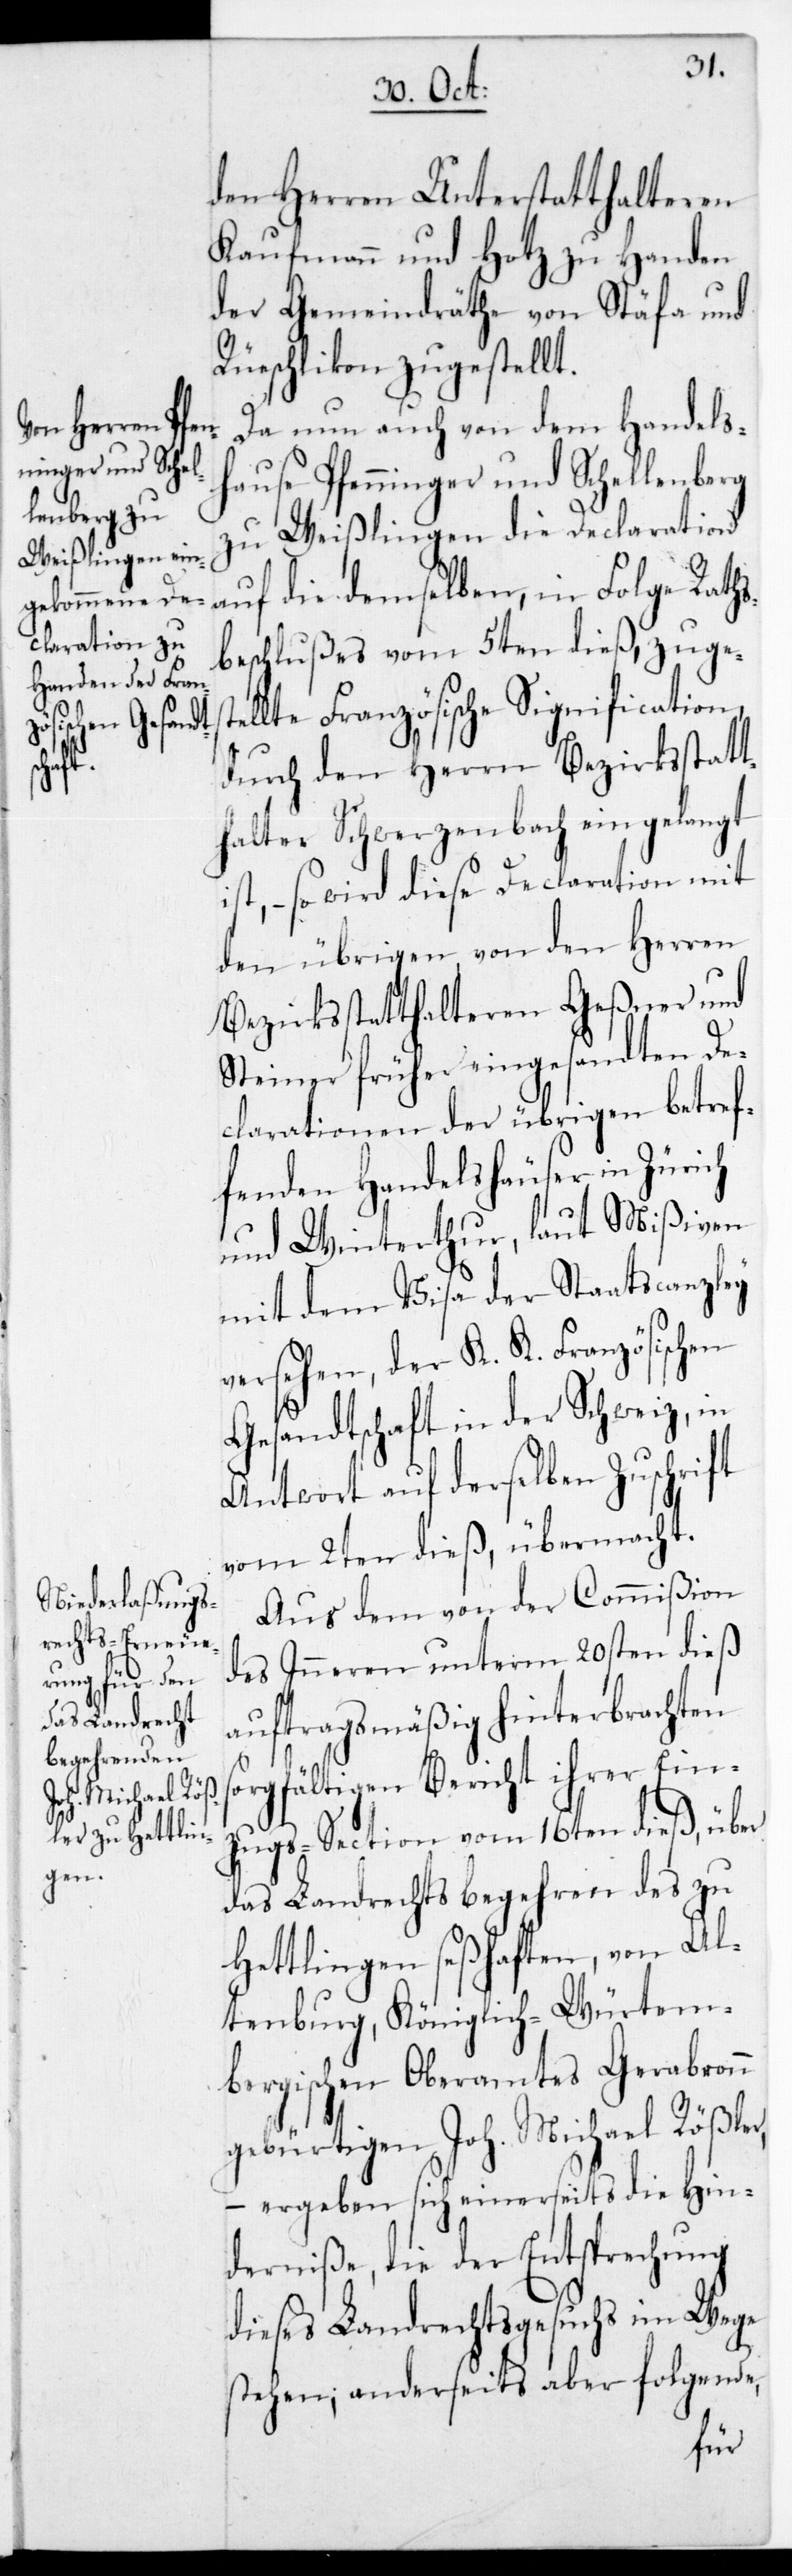
den Herrn Be¬
s¬

den Herren Unterstatthalteren
Kaufmann und Hotz zu Handen
der Gemeindräthe von Stäfa und
Rüschlikon zugestellt.
Da nun auch von dem Handels¬
hause Pfenninger und Schellenberg
zu Weißlingen die Declaration
auf die demselben, in Folge Rath¬
sbeschlußes vom 5ten dieß, zuge¬
lte Französische Signification,
thalter Schwerzenbach eingelangt
ist, – so wird diese Declaration mit
den übrigen von den Herren
Bezirksstatthalteren Geßner und
Steiner früher eingesandten De¬
clarationen der übrigen betref¬
fenden Handelshäuser in Zürich
und Winterthur, laut Mißiven
mit dem Visa der Staatscanzley
versehen, der K. K. Französischen
Gesandtschaft in der Schweiz, in
Antwort auf derselben Zuschrift
vom 2ten dieß, übermacht.
Aus dem von der Commißion
des Inneren unterm 20sten dieß
auftragsmäßig hinterbrachten
orgfältigen Bericht ihrer Ein¬
zugs-Section vom 16ten dieß, über
das Landrechtsbegehren des zu
Hettlingen seßhaften, von Al¬
tenburg, Königlich-Würtem¬
bergischen Oberamtes Gerabronn
gebürtigen Joh. Michael Rößler,
– ergeben sich einerseits die Hin¬
derniße, die der Entsprechung
dieses Landrechtsgesuchs im Wege
stehen; anderseits aber folgende